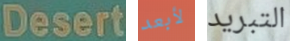
Desert لأبعد التبريد